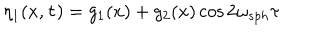
\eta _ { 1 } ( x , \tau ) = g _ { 1 } ( x ) + g _ { 2 } ( x ) \cos 2 \omega _ { s p h } \tau